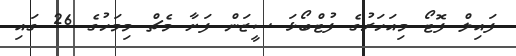
ފައިލް ފޮޓޯ މިއަހަރުގެ ފުޓްބޯޅަ ސީޒަން ފަށާ މެޗް މިމަހުގެ 26 ގައި